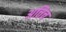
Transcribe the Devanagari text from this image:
अत्तिच